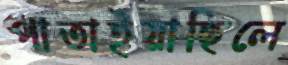
পাতাইয়াছিলে